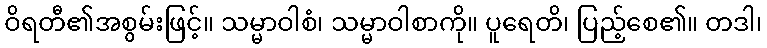
ဝိရတီ၏အစွမ်းဖြင့်။ သမ္မာဝါစံ၊ သမ္မာဝါစာကို။ ပူရေတိ၊ ပြည့်စေ၏။ တဒါ၊